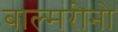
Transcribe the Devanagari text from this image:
बाल्मरीनो